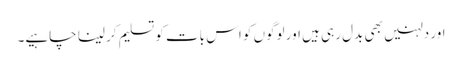
اور دلہنیں بھی بدل رہی ہیں اور لوگوں کو اس بات کو تسلیم کر لینا چاہیے۔